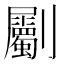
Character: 劚